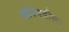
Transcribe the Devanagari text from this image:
घोरपडीला